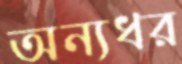
অন্যধর